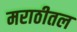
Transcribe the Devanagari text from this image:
मराठीतल